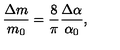
\frac { \Delta m } { m _ { 0 } } = \frac { 8 } { \pi } \frac { \Delta \alpha } { \alpha _ { 0 } } ,